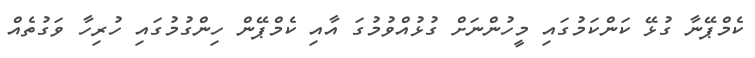
ކެމްޕޭނާ ގުޅޭ ކަންކަމުގައި މީހުންނަށް ގުޅުއްވުމުގަ އާއި ކެމްޕޭން ހިންގުމުގައި ހުރިހާ ވަގުތެއް